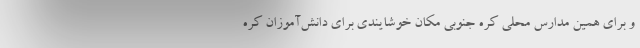
و برای همین مدارس محلی کره جنوبی مکان خوشایندی برای دانش‌آموزان کره